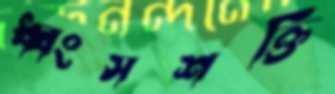
ধ্বংসশক্তি